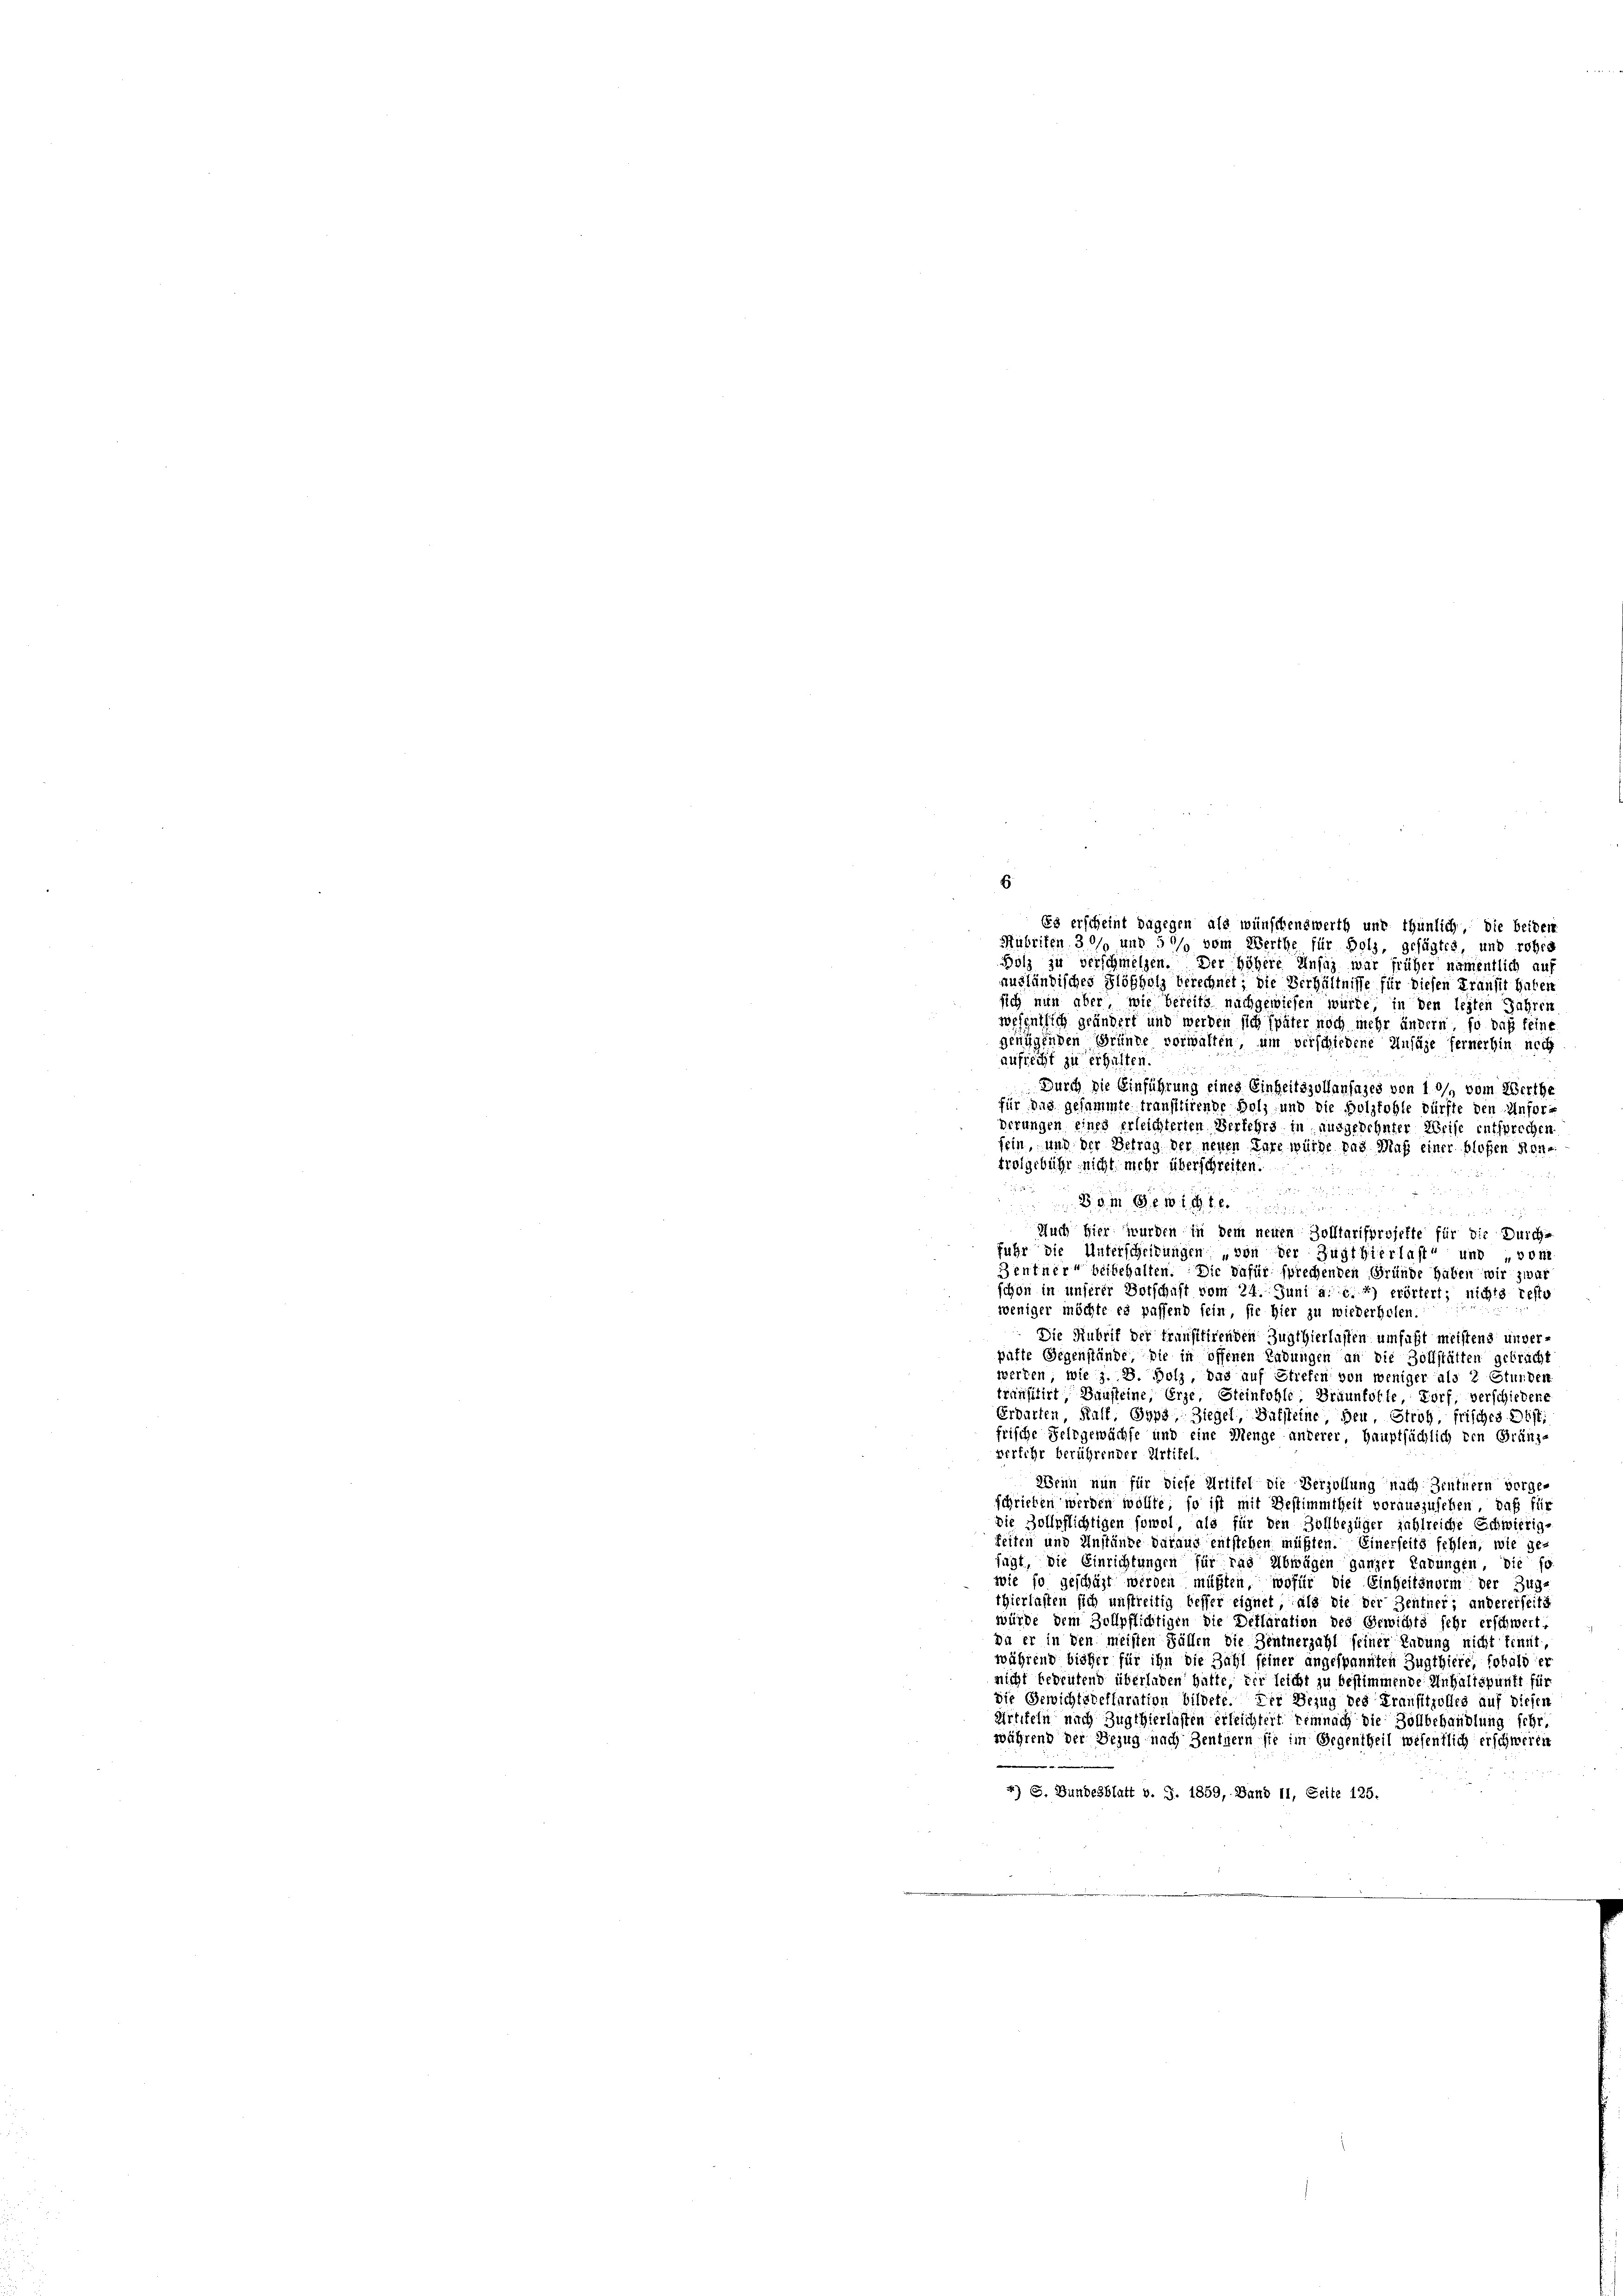
Es erscheint dagegen als wünschenswerth und thunlich, die beidem
Mubriken 30% und 50 vom Werthe für Holz, gesagtes, und rohes
Holz zu verschmelzen. Der höhere Ansiz war früher namentlich auf
ausländisches Flößholz berechnet; die Verhältnisse für diesen Transit haben
sich nun aber, wie bereits nachgewiesen würde in den legten Jahren
wesentlich geändert und werden sich später noch mehr ändern, so daß feine
genügenden Gründe vorwalten, um verschiedene Ansäze fernerhin noch
aufrecht zu erhalten.
Durch die Einführung eines Einheitszollanfases von 10% vom Werthe
für das gesammte transttirende Holz und die Holzfohle dürfte den Anforderungen eines erleichterten Verkehrs in ausgedehnter Weise entsprechen
fein, und der Betrag der neuen Pare würde das Maß einer bloßen Ron-
trolgebühr nicht mehr überschreiten.
 15 x
Dem Gewic
Auch hier wurden in dem neuen Zolltarifprojekte für die Durch-
fuhr die Unterscheidungen von der Zugthierlast und „von
Zentner beibehalten. Die dafür sprechenden Gründe haben wir zwar
schon in unserer Botschaft vom 24. Juni a. c. 4) erörtert; nichts resto
weniger möchte es passend sein, sie hier zu wiederholen,
Die Rubrif der transitirenden Zugthierlassen umfaßt meistens unver-
paste Gegenstände, die in offenen Ladungen an die Zollstätten gebracht
werten, wie z. B. Holz, das auf Stiefen von weniger als 2 Stunden
transitirt, Dunsteine, Erze, Steinkohle. Braunfolle, Torf, verschiedens
Erdarten Kalf, Gyps Ziegel, Balsteine, den Stroh, frisches Dist.
frische Feldgewächse und eine Menge anderer Hauptsächlich den Gränze
verkehr berührender Artikel.
Wenn nun für diese Artifel die Verzöllung nach Zentnern vorge-
schrieben werden wollte; so ist mit Bestimmtheit vorauszusehen, daß für
die Zollpflichtigen sowol als für den Zollbezüger jählreiche Schwierig
feiten und Anstände daraus entstehen müßten. Einerseits fehlen, wie ge-
sagt, die Einrichtungen für das Abwägen ganzer Ladungen die fo
wie so geschäft werden müßten, wofür die Einheitsnorm der Zug-
thierlasten sich unstreitig besser eignet, als die der Zentner; andererseiti
würde dem Zollpflichtigen die Deflaration des Gewichts sehr erschwert.
Da er in den meisten Fällen die Zentnerzahl seiner Ladung nicht tenut
während bisher für ihn die Zahl seiner angespannten Zugthiere, sobald er
nicht bedeutend überladen hatte, der leicht zu bestimmende Inhaltspunkt für
die Gewichtsdeflaration bildete. Der Bezug des Fransitzolles auf diesen
Artikeln nach Zugthierlasten erleichtert demnach die Zollbehandlung sehr.
während der Bezug nach Zentnern sie im Gegentheil wesentlich erschweren
4) S. Bundesblatt v. J. 1859, Band 11, Seite 125.